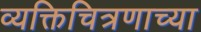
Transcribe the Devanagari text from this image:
व्यक्तिचित्रणाच्या